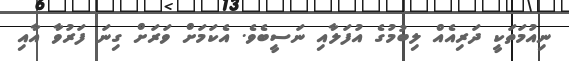
ނިއުމަތަކީ ދަރިއެއް ލިބުމުގެ އުފަލާއި ނަސީބެވެ. އެކަމަށް ވަރަށް ގިނަ ފަރުވާ އާއި